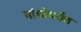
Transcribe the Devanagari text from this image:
गांधीपर्यंत